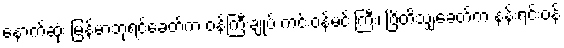
နောက်ဆုံး မြန်မာဘုရင်ခေတ်က ဝန်ကြီးချုပ် ကင်းဝန်မင်းကြီး၊ ဗြိတိသျှခေတ်က နန်းရင်းဝန်